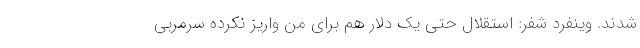
شدند. وینفرد شفر: استقلال حتی یک دلار هم برای من واریز نکرده سرمربی